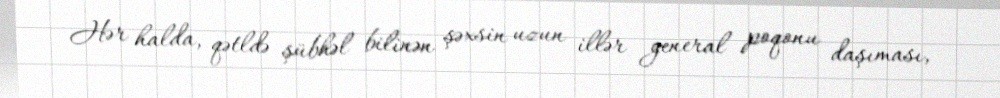
Hər halda, qətldə şübhəl bilinən şəxsin uzun illər general poqonu daşıması,